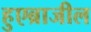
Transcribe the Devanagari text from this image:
हुएब्राजील